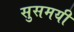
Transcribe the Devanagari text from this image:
सुसमयी